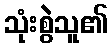
သုံးစွဲသူ၏